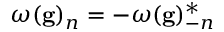
\omega ( \mathbf { g } ) _ { n } = - \omega ( \mathbf { g } ) _ { - n } ^ { * }